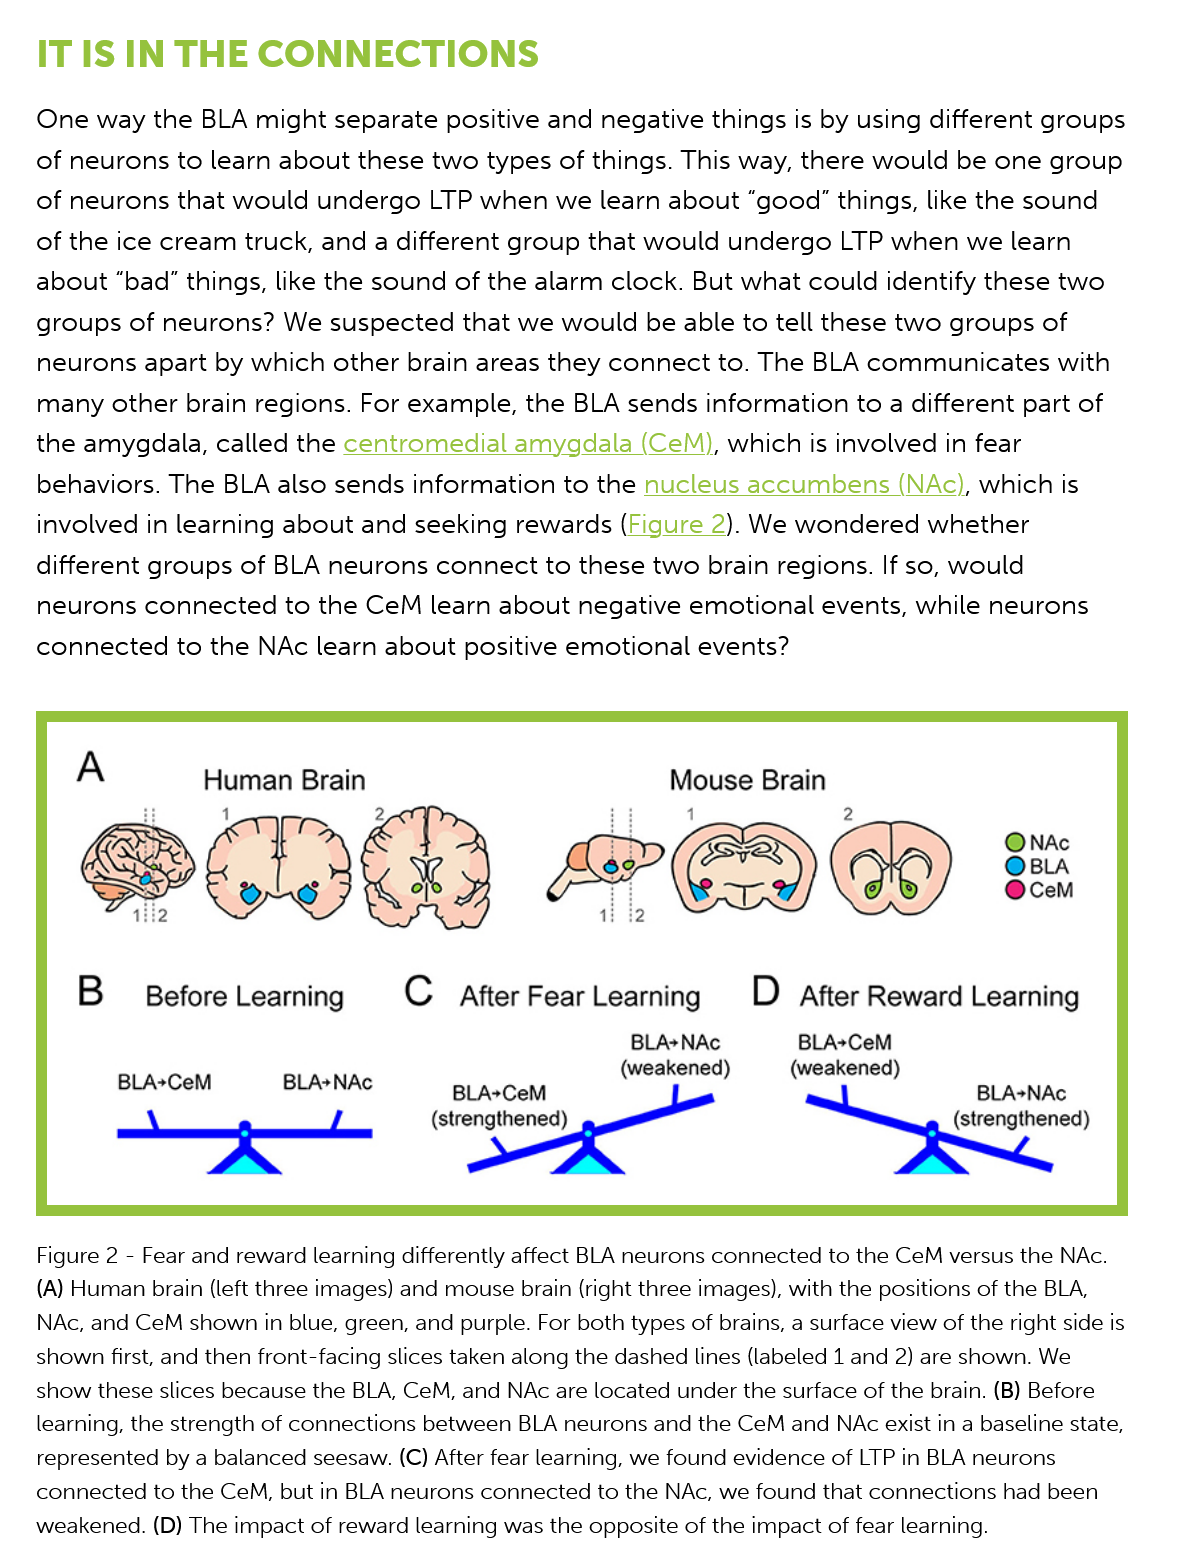
IT IS  IN THE    CONNECTIONS
   One  way the  BLA might separate positive and negative things is by using different groups
   of neurons to  learn about these two types of things. This way, there would be one group
   of neurons  that would undergo  LTP when we learn  about  “good” things, like the sound
   of the ice cream truck, and a different group that would undergo LTP when  we learn
   about  “bad” things, like the sound of the alarm clock. But what could identify these two
   groups  of neurons? We suspected   that we would  be able to tell these two groups of
    neurons apart by which other brain areas they connect to. The BLA communicates   with
    many other  brain regions. For example, the BLA sends information to a different part of
   the amygdala,  called the centromedial amygdala  (CeM), which is involved in fear
    behaviors. The BLA also sends information to the nucleus accumbens   (NAc), which is
    involved in learning about and seeking rewards (Figure 2). We wondered whether
   different groups of BLA neurons  connect to these two brain regions. If so, would
    neurons connected  to the CeM  learn about negative emotional events, while neurons
   connected   to the NAc learn about positive emotional events?
    (A) Human brain (left three images) and mouse brain (right three images), with the positions of the BLA,
    NAc, and CeM shown in blue, green, and purple. For both types of brains, a surface view of the right side is
   shown first, and then front-facing slices taken along the dashed lines (labeled 1 and 2) are shown. We
   show these slices because the BLA, CeM, and NAc are located under the surface of the brain. (B) Before
    learning, the strength of connections between BLA neurons and the CeM and NAc exist in a baseline state,
    represented by a balanced seesaw. (C) After fear learning, we found evidence of LTP in BLA neurons
   connected to the CeM, but in BLA neurons connected to the NAc, we found that connections had been
   weakened. (D) The impact of reward learning was the opposite of the impact of fear learning.
    Figure 2
     -
     Fear and reward learning differently affect BLA neurons connected to the CeM versus the NAc.
     Human Brain
     Before  Learning    After Fear Learning    After Reward  Learning
     Mouse Brain
     BLA+CeM    BLA+NAc
     BLA+CeM
     (strengthened)
     BLA*NAc
     (weakened)
     BLA+CeM
     (weakened)
     BLA+NAc
     (strengthened)
     NAc
     a
     CeM